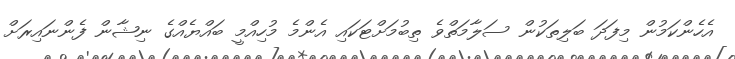
އެހެންކަމުން މިފަދަ ބަލިތަކުން ސަލާމަތްވެ ތިބުމަށްޓަކައި އެންމެ މުހިއްމީ ބައްޔެއްގެ ނިޝާން ފެންނައިރަށް